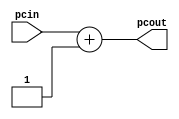
//incrementer by 4 (to select the next word from the PC)

module incr_4 (pcout, pcin);
	input [31:0] pcin;
	output [31:0] pcout;
	
	assign pcout = pcin + 3'd1;
endmodule